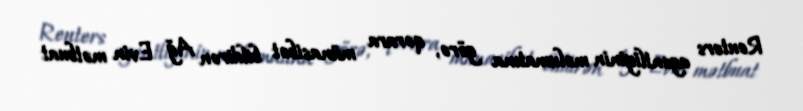
Reuters agentliyinin məlumatına görə, qərara münasibət bildirən Ağ Evin mətbuat